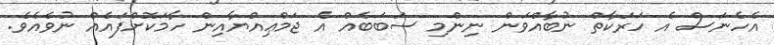
އެހެނަސް އެ ހަރަކާތް ނުބާއްވަން ނިންމި ސަބަބެއް އެ ޖަމްޢިއްޔާއިން ހާމަކޮށްފައެއް ނުވެއެވެ.